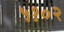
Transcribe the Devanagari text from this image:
५१०२